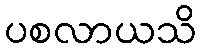
ပစလာယသိ